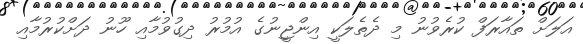
އަލަށް ތައާރަފް ކުރެވުނު މި ދެތެލަކީ އިންޖީނުގެ އުމުރު ދިގުވުމާއި ހޫނު ދަށްކުރުމާއި